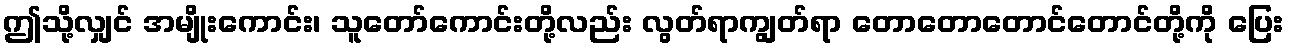
ဤသို့လျှင် အမျိုးကောင်း၊ သူတော်ကောင်းတို့လည်း လွတ်ရာကျွတ်ရာ တောတောတောင်တောင်တို့ကို ပြေး